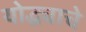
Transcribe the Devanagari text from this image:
योद्ध्याचे